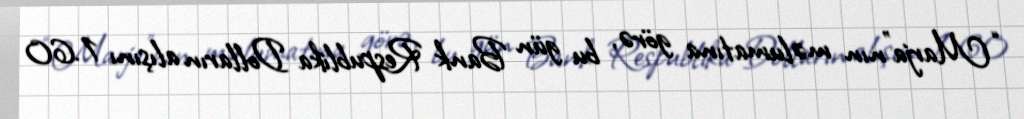
“Marja”nın məlumatına görə, bu gün Bank Respublika Dolların alışını 1.60